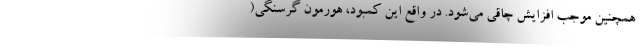
همچنین موجب افزایش چاقی می‌شود. در واقع این کمبود، هورمون گرسنگی(